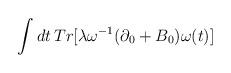
LaTeX: \begin{align*}\int dt \,Tr [\lambda \omega^{-1}(\partial_0 +B_0)\omega (t)]\end{align*}